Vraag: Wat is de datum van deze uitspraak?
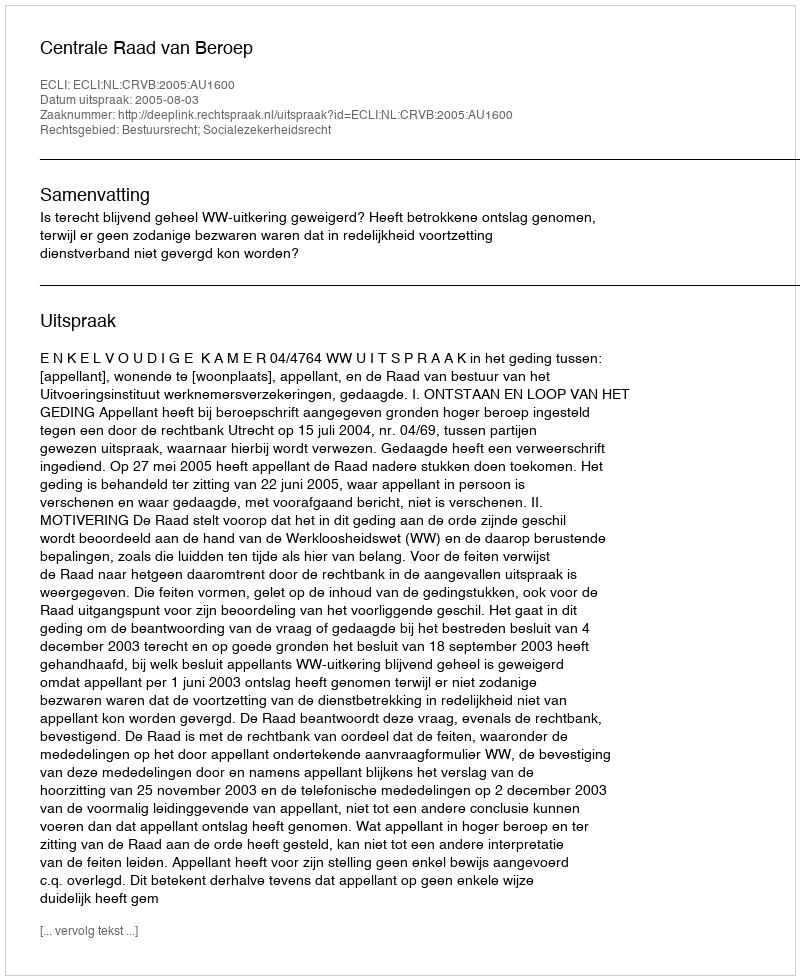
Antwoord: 2005-08-03